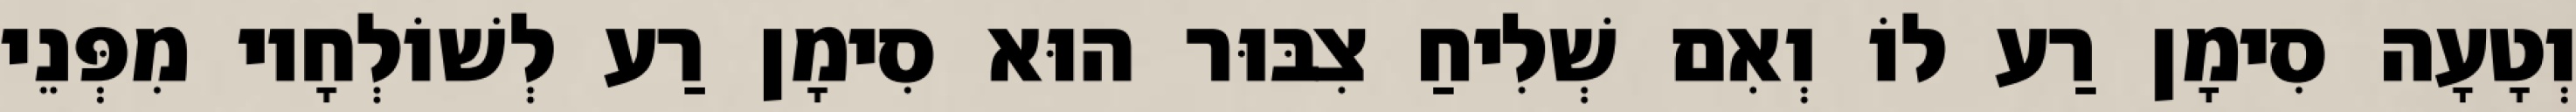
וְטָעָה סִימָן רַע לוֹ וְאִם שְׁלִיחַ צִבּוּר הוּא סִימָן רַע לְשׁוֹלְחָיו מִפְּנֵי